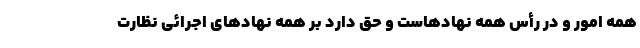
همه امور و در رأس همه نهادهاست و حق دارد بر همه نهادهای اجرائی نظارت